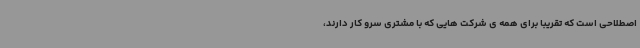
اصطلاحی است که تقریبا برای همه ی شرکت هایی که با مشتری سرو کار دارند،